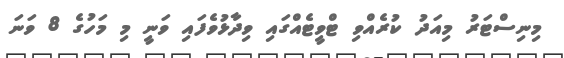
މިނިސްޓަރު މިއަދު ކުރެއްވި ޓްވީޓެއްގައި ވިދާޅުވެފައި ވަނީ މި މަހުގެ 8 ވަނަ